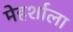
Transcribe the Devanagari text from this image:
मेहर्शाला